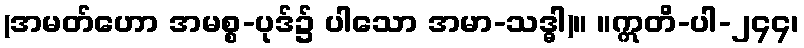
(အမတ်ဟော အမစ္စ-ပုဒ်၌ ပါသော အမာ-သဒ္ဓါ)။ ။ဣတိ-ပါ-၂၄၄၊